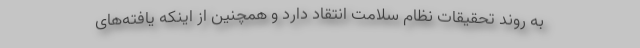
به روند تحقیقات نظام سلامت انتقاد دارد و همچنین از اینکه یافته‌های